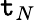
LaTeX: \mathtt{t}_{N}